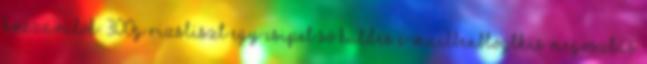
Hozzávalók: 300g rizsliszt egy csipet só Küldés e-mailbenBlogThis Megosztás